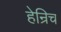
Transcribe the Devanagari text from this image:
हेन्रिच